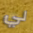
لي